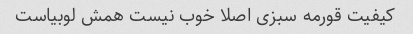
کیفیت قورمه سبزی اصلا خوب نیست همش لوبیاست